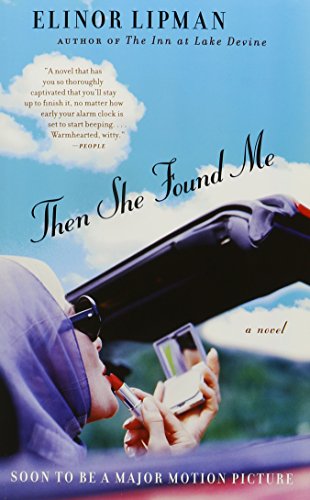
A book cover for Then She Found Me; Elinor Lipman; Literature & Fiction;